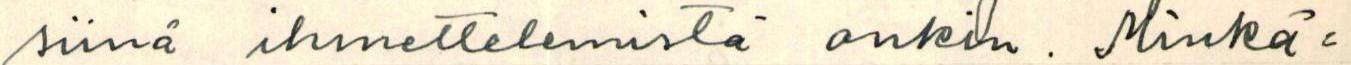
siinä ihmettelemistä onkin. Minkä=